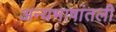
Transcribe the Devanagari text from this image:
अन्यभाषांतली